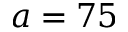
a = 7 5